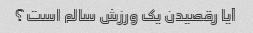
آیا رقصیدن یک ورزش سالم است؟